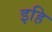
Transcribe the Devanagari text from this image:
इहि